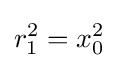
r_{1}^{2}=x_{0}^{2}